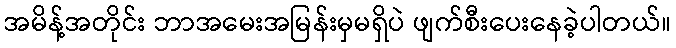
အမိန့်အတိုင်း ဘာအမေးအမြန်းမှမရှိပဲ ဖျက်စီးပေးနေခဲ့ပါတယ်။